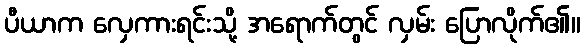
ပီယာက လှေကားရင်းသို့ အရောက်တွင် လှမ်း ပြောလိုက်၏။